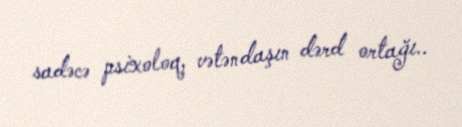
sadəcə psixoloq, vətəndaşın dərd ortağı..